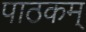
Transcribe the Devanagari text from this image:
पाठकम्